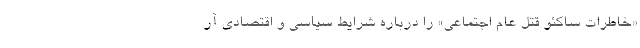
«خاطرات ساکئو قتل عام اجتماعی» را درباره شرایط سیاسی و اقتصادی آر